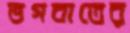
ভগবাতের